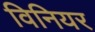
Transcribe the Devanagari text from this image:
विनियर